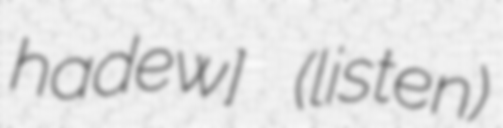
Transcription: haʃˈdew] (listen)